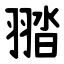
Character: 䎓